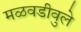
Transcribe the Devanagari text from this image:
मळवडीवुले